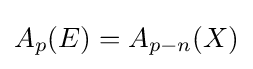
A_{p}(E)=A_{p-n}(X)